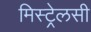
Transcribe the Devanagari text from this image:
मिस्ट्रेलसी